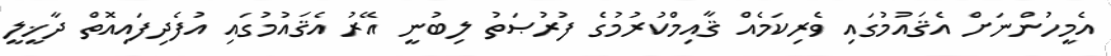
އެމީހުންނަށް އެޤައުމުގައި ވެރިކަމެއް ޤާއިމްކުރުމުގެ ފުރުޞަތު ލިބުނީ އޭރު އެޤައުމުގައި އުފެދިފައިއޮތް ދާޚީލީ